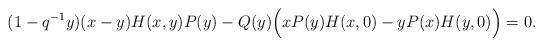
LaTeX: \begin{align*} (1-q^{-1}y)(x-y)H(x,y)P(y)-Q(y)\Big(xP(y)H(x,0)-yP(x)H(y,0)\Big)=0.\end{align*}